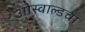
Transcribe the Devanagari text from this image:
ओस्वाल्डचा